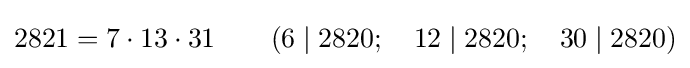
2821=7\cdot 13\cdot 31\qquad (6\mid 2820;\quad 12\mid 2820;\quad 30\mid 2820)